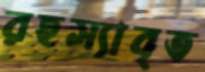
রহস্যাবৃত